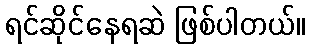
ရင်ဆိုင်နေရဆဲ ဖြစ်ပါတယ်။